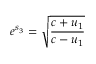
e ^ { s _ { 3 } } = { \sqrt { \frac { c + u _ { 1 } } { c - u _ { 1 } } } }